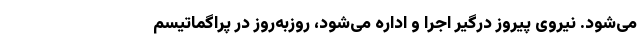
می‌شود. نیروی پیروز درگیر اجرا و اداره می‌شود، روزبه‌روز در پراگماتیسم